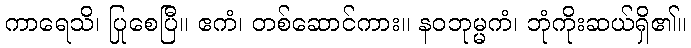
ကာရေသိ၊ ပြုစေပြီ။ ဧကံ၊ တစ်ဆောင်ကား။ နဝဘုမ္မကံ၊ ဘုံကိုးဆယ်ရှိ၏။